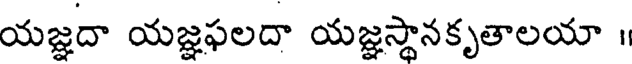
యజ్ఞదా యజ్ఞఫలదా యజ్ఞస్థానకృతాలయా 1